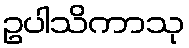
ဥပါသိကာသု